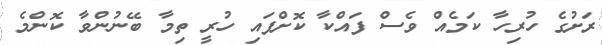
ރަށުގެ ހުރިހާ ކަމެއް ވެސް ފައްކާ ކޮށްފައި ހުރީ ތިމާ ބޭނުންވާ ކޮންމެ